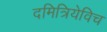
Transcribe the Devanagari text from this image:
दमित्रियेविच